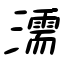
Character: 濡